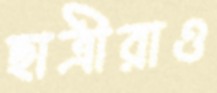
ছাত্রীরাও